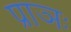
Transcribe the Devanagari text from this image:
प्राञः